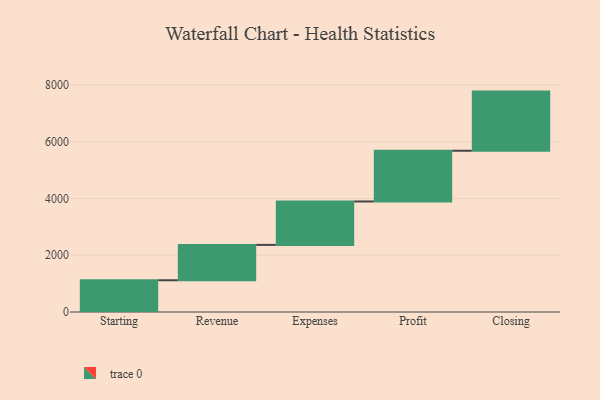
{"axis": {"x": "Step", "y": "Value"}, "legend": [""], "data": [{"x": "Starting", "y": 1118.0, "type": ""}, {"x": "Revenue", "y": 1245.0, "type": ""}, {"x": "Expenses", "y": 1529.0, "type": ""}, {"x": "Profit", "y": 1786.0, "type": ""}, {"x": "Closing", "y": 2083.0, "type": ""}]}